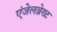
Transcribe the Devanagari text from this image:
एंजेलब्रेख्ट